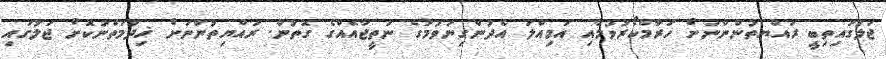
ޖަލުގައިތިބީ ރައްޔތުންންނަށް ހަރާމްކޯރުވުމާއި އަމިއްލަ އެދުންގިނަވުމުގެ ނަތީޖާއެއްގެ ގޮތުން. ރައްޔިތުންނަށް ޚިދުމަތްނުކޮށް ޖަލުގައި